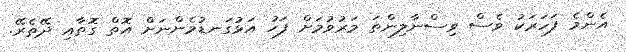
އެންމެ ފަހަރަކު ވެސް ވިސްނާލިންތަ މަރުވުމަށް ފަހު އަޅުގަނޑުމެންނަށް އޮތް ގޮތާއި ދޭތެރޭ.